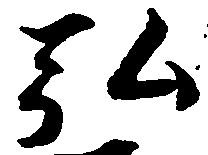
弘